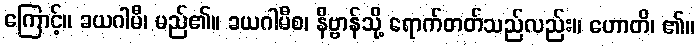
ကြောင့်။ ခယဂါမီ၊ မည်၏။ ခယဂါမီစ၊ နိဗ္ဗာန်သို့ ရောက်တတ်သည်လည်း။ ဟောတိ၊ ၏။